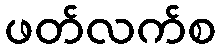
ဖတ်လက်စ